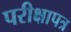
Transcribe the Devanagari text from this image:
परीक्षापत्र